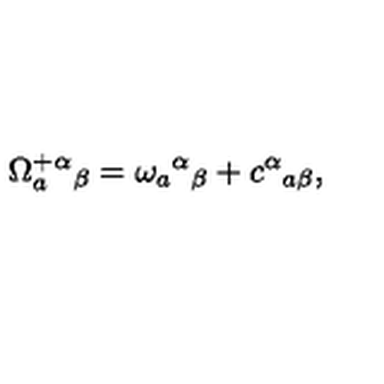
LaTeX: \Omega _ { a } ^ { + } { ^ \alpha } { _ \beta } = \omega _ { a } { ^ \alpha } { _ \beta } + c { ^ \alpha } { _ { a \beta } } ,